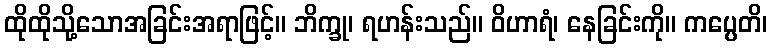
ထိုထိုသို့သောအခြင်းအရာဖြင့်။ ဘိက္ခု၊ ရဟန်းသည်။ ဝိဟာရံ၊ နေခြင်းကို။ ကပ္ပေတိ၊